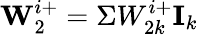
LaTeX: \textbf{W}_{2}^{i+}=\Sigma W_{2k}^{i+}\textbf{I}_{k}